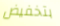
بتخفيض